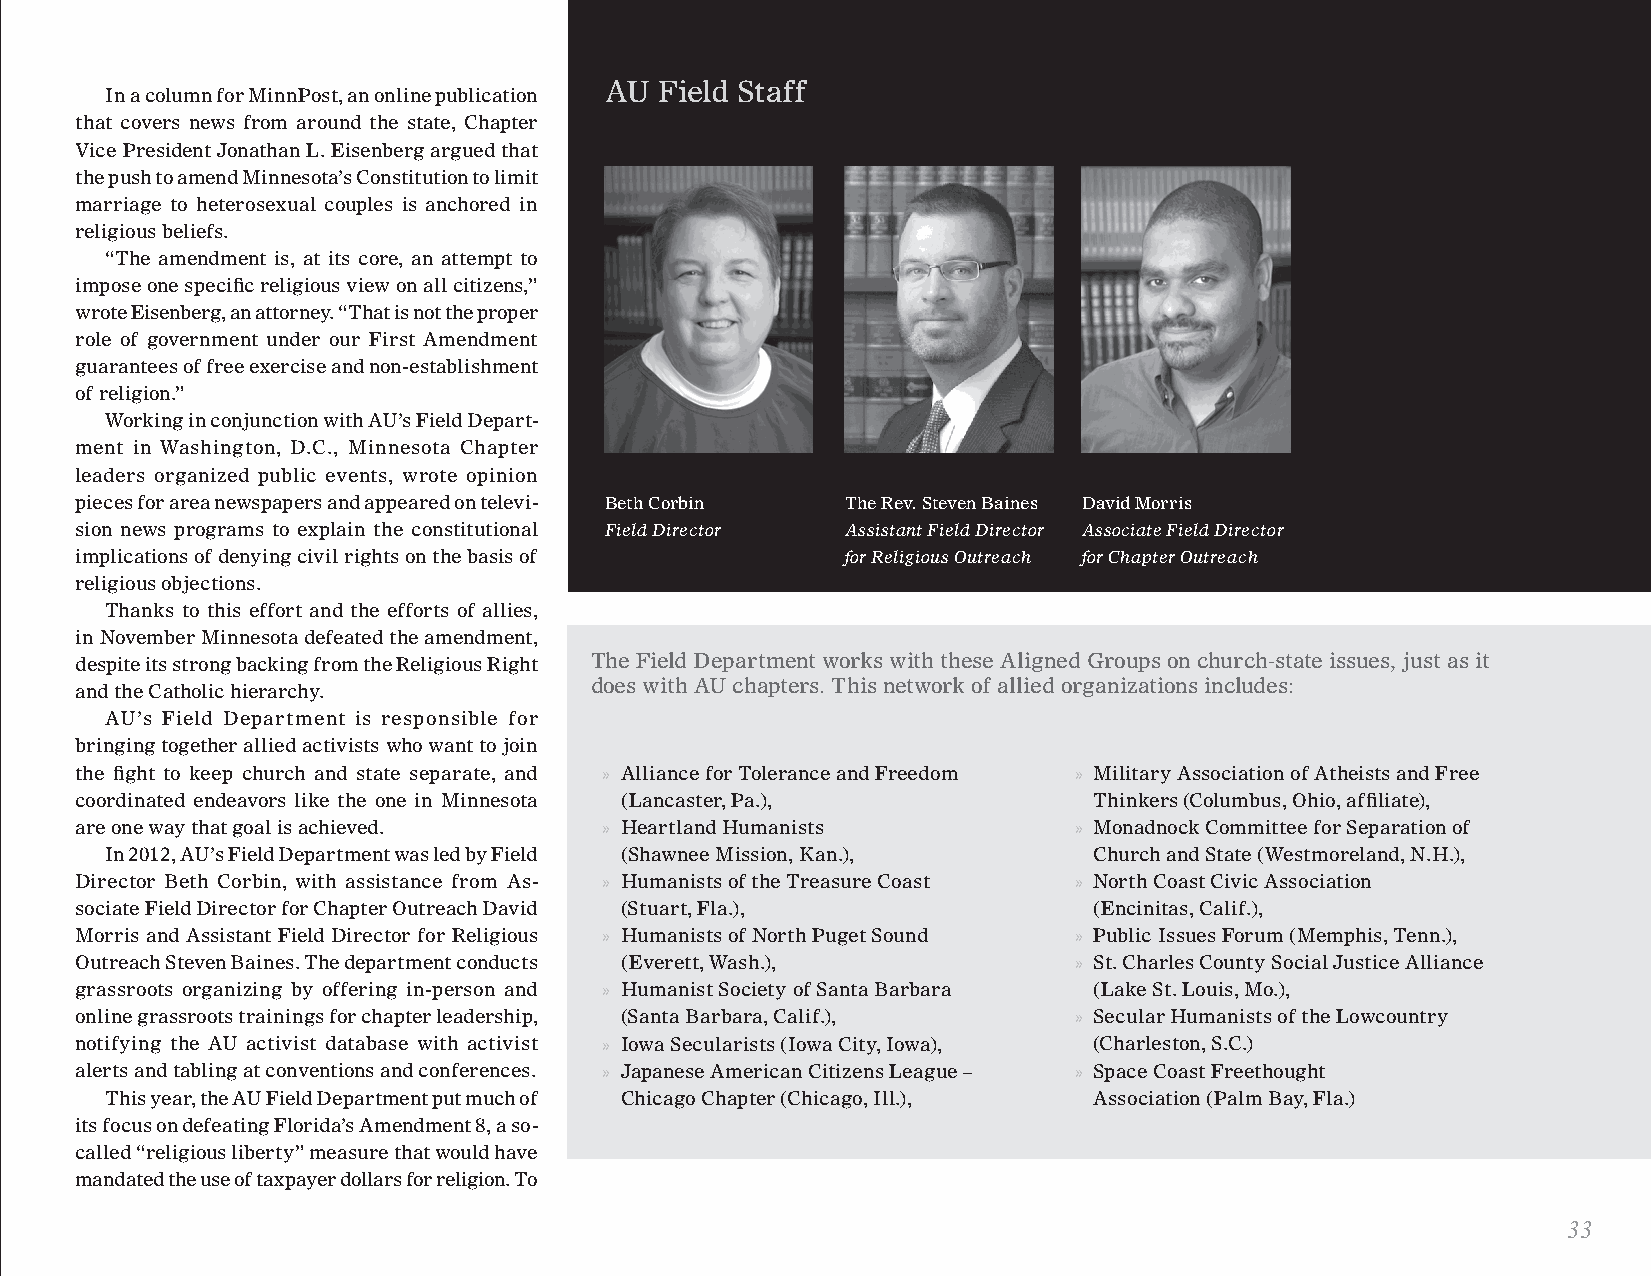
AU  Field Staff
 In a column for MinnPost, an online publication
 that covers news from around the state, Chapter
 Vice President Jonathan L. Eisenberg argued that
 the push to amend Minnesota’s Constitution to limit
 marriage to heterosexual couples is anchored in
 religious beliefs.
 “The amendment is, at its core, an attempt to
 impose one specific religious view on all citizens,”
 wrote Eisenberg, an attorney. “That is not the proper
 role of government under our First Amendment
 guarantees of free exercise and non-establishment
 of religion.”
 Working in conjunction with AU’s Field Depart-
 ment in Washington, D.C., Minnesota Chapter
 leaders organized public events, wrote opinion
 pieces for area newspapers and appeared on televi- Beth Corbin The Rev. Steven Baines David Morris
 sion news programs to explain the constitutional Field Director Assistant Field Director Associate Field Director
 implications of denying civil rights on the basis of for Religious Outreach for Chapter Outreach
 religious objections.
 Thanks to this effort and the efforts of allies,
 in November Minnesota defeated the amendment,
 despite its strong backing from the Religious Right The Field Department works with these Aligned Groups on church-state issues, just as it
 does with AU chapters. This network of allied organizations includes:
 and the Catholic hierarchy.
 AU’s Field Department is responsible for
 bringing together allied activists who want to join
 the fight to keep church and state separate, and » Alliance for Tolerance and Freedom » Military Association of Atheists and Free
 coordinated endeavors like the one in Minnesota (Lancaster, Pa.),  Thinkers (Columbus, Ohio, affiliate),
 are one way that goal is achieved. » Heartland Humanists          » Monadnock Committee for Separation of
 In 2012, AU’s Field Department was led by Field (Shawnee Mission, Kan.), Church and State (Westmoreland, N.H.),
 Director Beth Corbin, with assistance from As- » Humanists of the Treasure Coast » North Coast Civic Association
 sociate Field Director for Chapter Outreach David (Stuart, Fla.),  (Encinitas, Calif.),
 Morris and Assistant Field Director for Religious » Humanists of North Puget Sound » Public Issues Forum (Memphis, Tenn.),
 Outreach Steven Baines. The department conducts (Everett, Wash.), » St. Charles County Social Justice Alliance
 grassroots organizing by offering in-person and » Humanist Society of Santa Barbara (Lake St. Louis, Mo.),
 online grassroots trainings for chapter leadership, (Santa Barbara, Calif.), » Secular Humanists of the Lowcountry
 notifying the AU activist database with activist » Iowa Secularists (Iowa City, Iowa), (Charleston, S.C.)
 alerts and tabling at conventions and conferences. » Japanese American Citizens League – » Space Coast Freethought
 This year, the AU Field Department put much of Chicago Chapter (Chicago, Ill.), Association (Palm Bay, Fla.)
 its focus on defeating Florida’s Amendment 8, a so-
 called “religious liberty” measure that would have
 mandated the use of taxpayer dollars for religion. To
 33